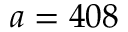
a = 4 0 8